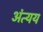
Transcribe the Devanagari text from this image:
अंत्यय